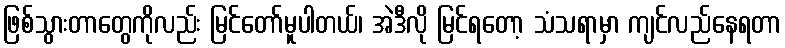
ဖြစ်သွားတာတွေကိုလည်း မြင်တော်မူပါတယ်၊ အဲဒီလို မြင်ရတော့ သံသရာမှာ ကျင်လည်နေရတာ